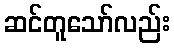
ဆင်တူသော်လည်း